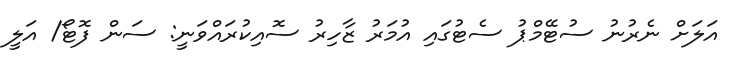
އަލަށް ނެރުނު ސުޓޭމްޕު ސެޓުގައި އުމަރު ޒާހިރު ސޮއިކުރައްވަނީ: ސަން ފޮޓޯ/ އަލީ